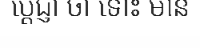
ប្តេជ្ញា ថា ទោះ មាន